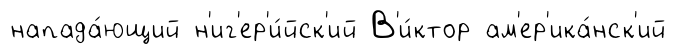
напада́ющий н'иг'ер'и́йск'ий В'и́ктор ам'ер'ика́нск'ий